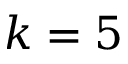
k = 5